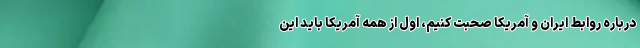
درباره روابط ایران و آمریکا صحبت کنیم، اول از همه آمریکا باید این